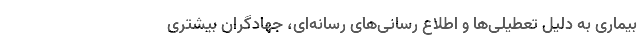
بیماری به دلیل تعطیلی‌ها و اطلاع رسانی‌های رسانه‌ای، جهادگران بیشتری